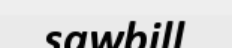
sawbill